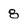
Character: 8